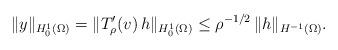
LaTeX: \begin{align*} \|y\|_{H^1_0(\Omega) } = \|T_\rho'(v)\,h\|_{H^1_0(\Omega) } \le \rho^{-1/2} \, \|h\|_{H^{-1}(\Omega)}.\end{align*}